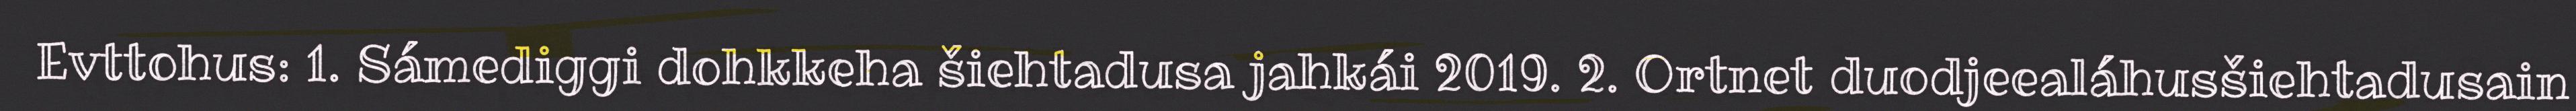
Evttohus: 1. Sámediggi dohkkeha šiehtadusa jahkái 2019. 2. Ortnet duodjeealáhusšiehtadusain